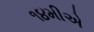
૧૪મીએ